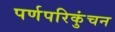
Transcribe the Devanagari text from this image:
पर्णपरिकुंचन